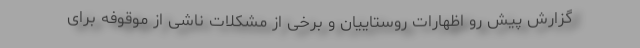
گزارش پیش رو اظهارات روستاییان و برخی از مشکلات ناشی از موقوفه برای